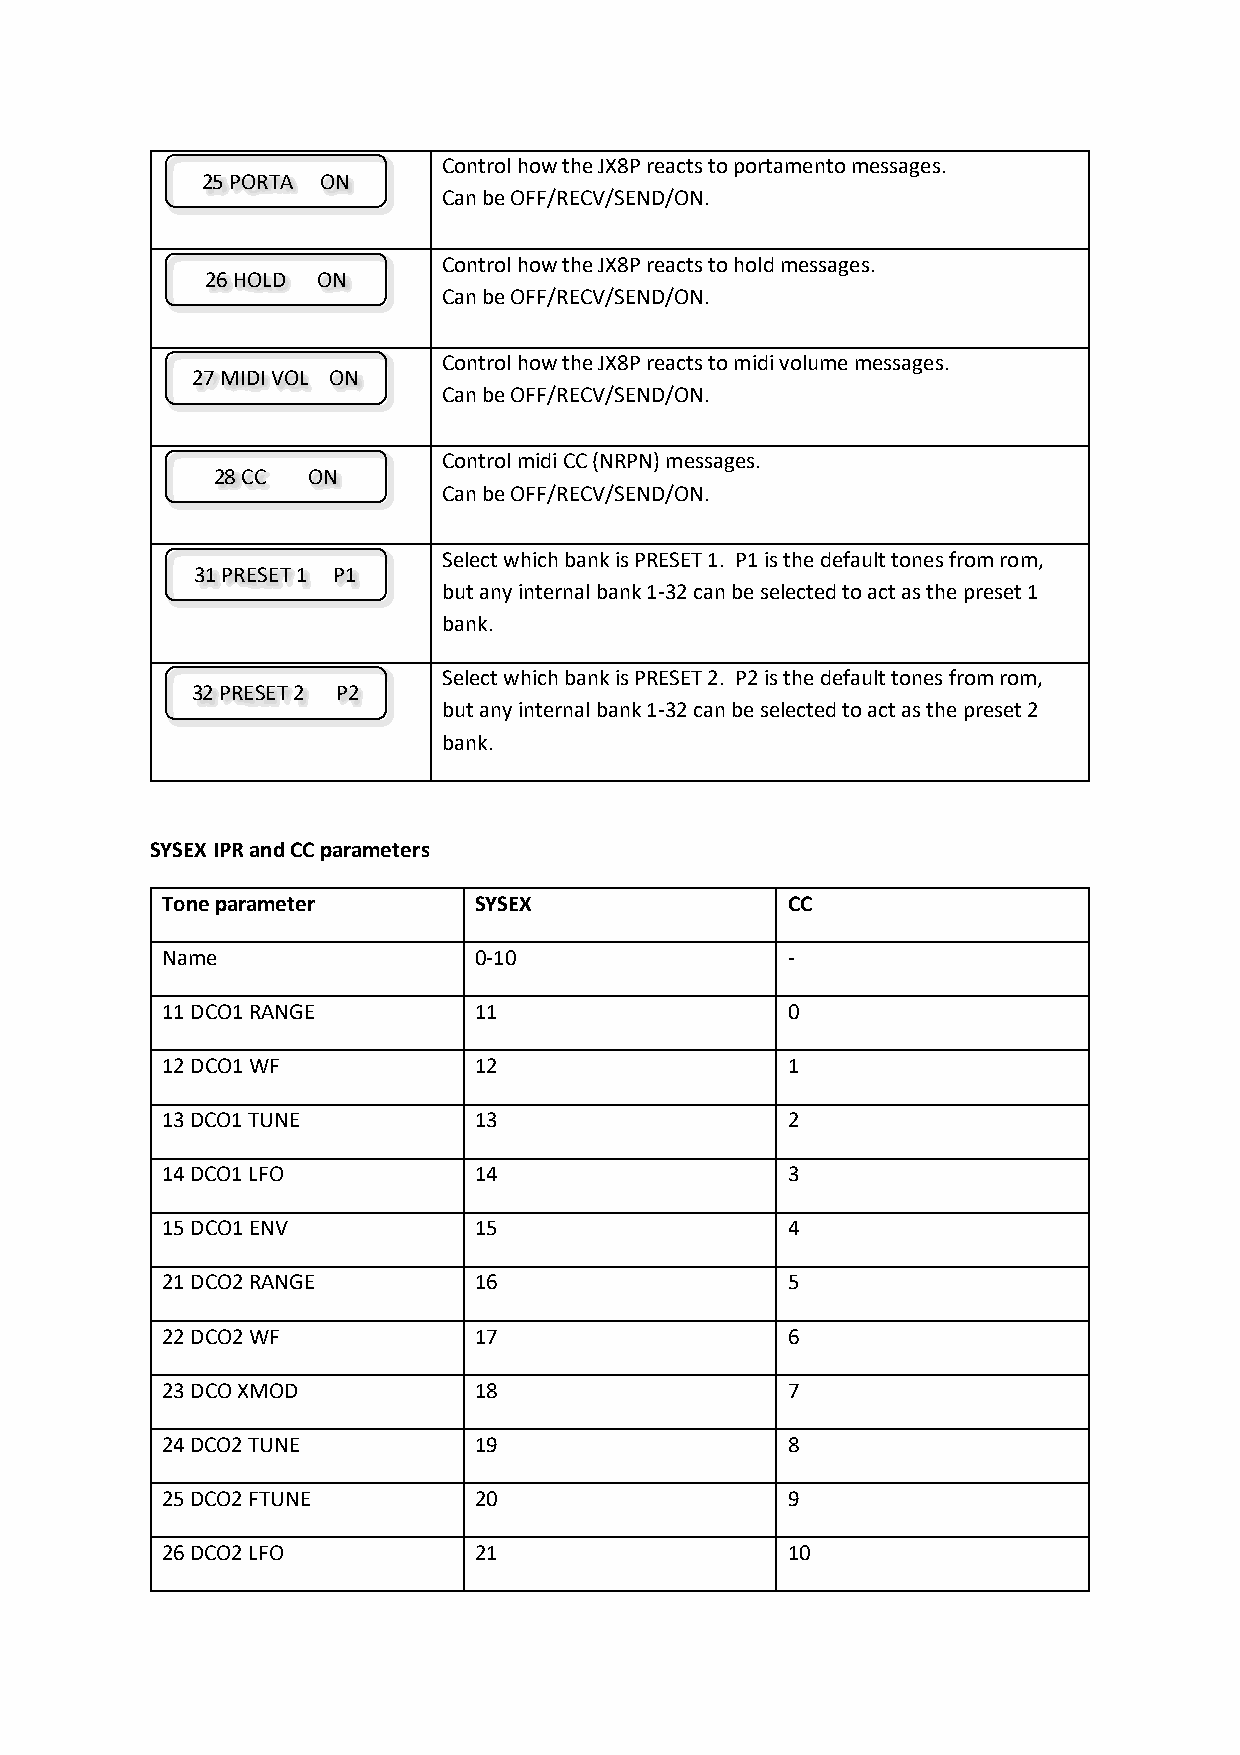
Control how the JX8P reacts to portamento messages.
 25 PORTA ON
 Can be OFF/RECV/SEND/ON.
 Control how the JX8P reacts to hold messages.
 26 HOLD ON
 Can be OFF/RECV/SEND/ON.
 Control how the JX8P reacts to midi volume messages.
 27 MIDI VOL ON
 Can be OFF/RECV/SEND/ON.
 Control midi CC (NRPN) messages.
 28 CC ON
 Can be OFF/RECV/SEND/ON.
 Select which bank is PRESET 1. P1 is the default tones from rom,
 31 PRESET 1 P1
 but any internal bank 1-32 can be selected to act as the preset 1
 bank.
 Select which bank is PRESET 2. P2 is the default tones from rom,
 32 PRESET 2 P2
 but any internal bank 1-32 can be selected to act as the preset 2
 bank.
 SYSEX IPR and CC parameters
 Tone parameter      SYSEX                CC
 Name                0-10                 -
 11 DCO1 RANGE       11                   0
 12 DCO1 WF          12                   1
 13 DCO1 TUNE        13                   2
 14 DCO1 LFO         14                   3
 15 DCO1 ENV         15                   4
 21 DCO2 RANGE       16                   5
 22 DCO2 WF          17                   6
 23 DCO XMOD         18                   7
 24 DCO2 TUNE        19                   8
 25 DCO2 FTUNE       20                   9
 26 DCO2 LFO         21                   10